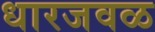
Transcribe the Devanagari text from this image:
धारजवळ